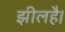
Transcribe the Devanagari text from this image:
झीलहै।